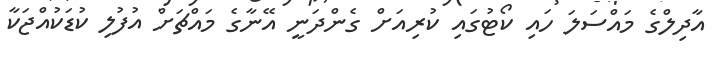
އާދިލްގެ މައްސަލަ ހައި ކޯޓުގައި ކުރިއަށް ގެންދަނީ އޭނާގެ މައްޗަށް އުފުލި ކުޑަކުއްޖަކާ